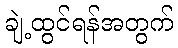
ချဲ့ထွင်ရန်အတွက်